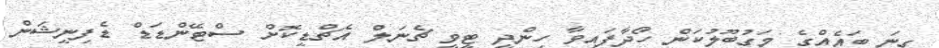
ގިނަ ބައެއްގެ މަގުބޫލުކަން ހޯދާފައިވާ ހިންދީ ޓީވީ ޗެނަލް އެޗްޑީކޮށް ސްޓޭންޑަޑް ޑެފިނީޝަން